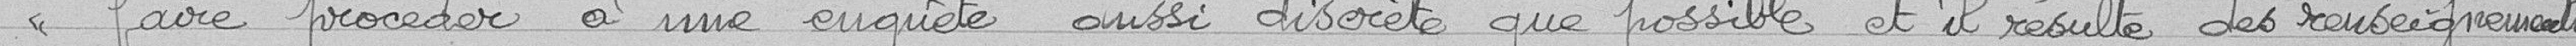
faire procéder à une enquête aussi discrète que possible, et il résulte des renseignements